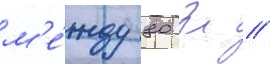
м'е́жду 80 з //